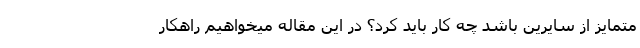
متمایز از سایرین باشد چه کار باید کرد؟ در این مقاله میخواهیم راهکار